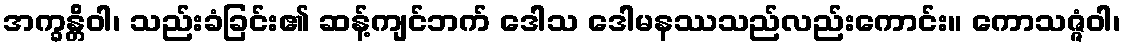
အက္ခန္တိဝါ၊ သည်းခံခြင်း၏ ဆန့်ကျင်ဘက် ဒေါသ ဒေါမနဿသည်လည်းကောင်း။ ကောသဇ္ဇံဝါ၊